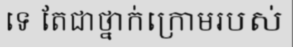
ទេ តែជាថ្នាក់ក្រោមរបស់